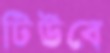
টিউবে